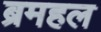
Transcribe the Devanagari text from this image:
ब्रमहल